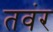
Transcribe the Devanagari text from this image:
तवंर